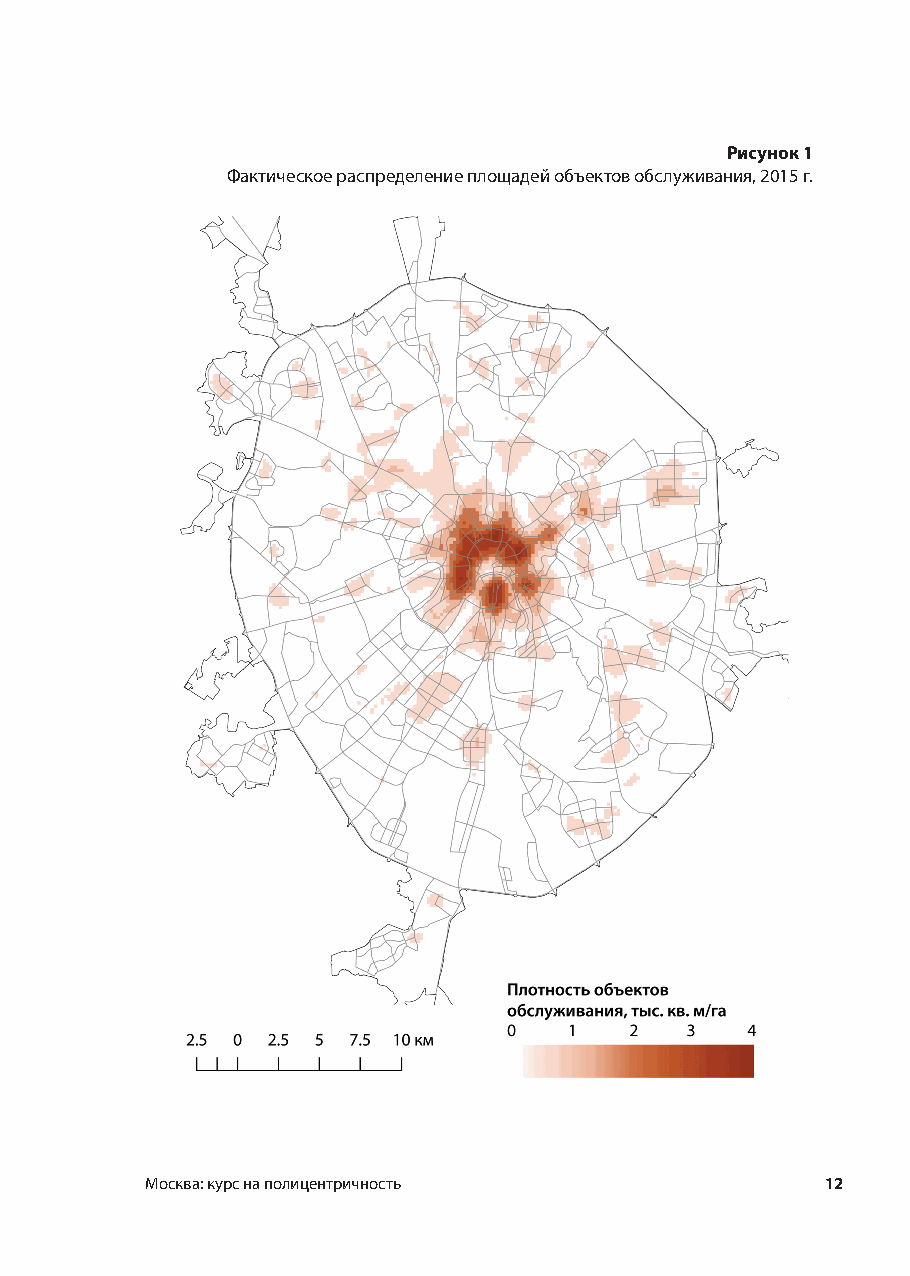
Рисунок 1
 Фактическое распределение площадей объектов обслуживания, 2015 г.
 Москва: курс на полицентричность             12